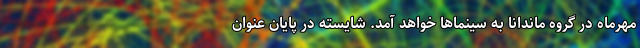
مهرماه در گروه ماندانا به سینما‌ها خواهد آمد. شایسته در پایان عنوان